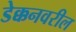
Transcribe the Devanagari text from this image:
डेक्कनवरील